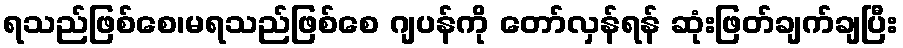
ရသည်ဖြစ်စေ၊မရသည်ဖြစ်စေ ဂျပန်ကို တော်လှန်ရန် ဆုံးဖြတ်ချက်ချပြီး